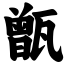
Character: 甑